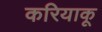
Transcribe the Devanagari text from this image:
करियाकू